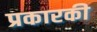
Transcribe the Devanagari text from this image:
प्रकारकी